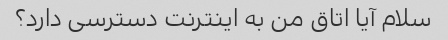
سلام آیا اتاق من به اینترنت دسترسی دارد؟